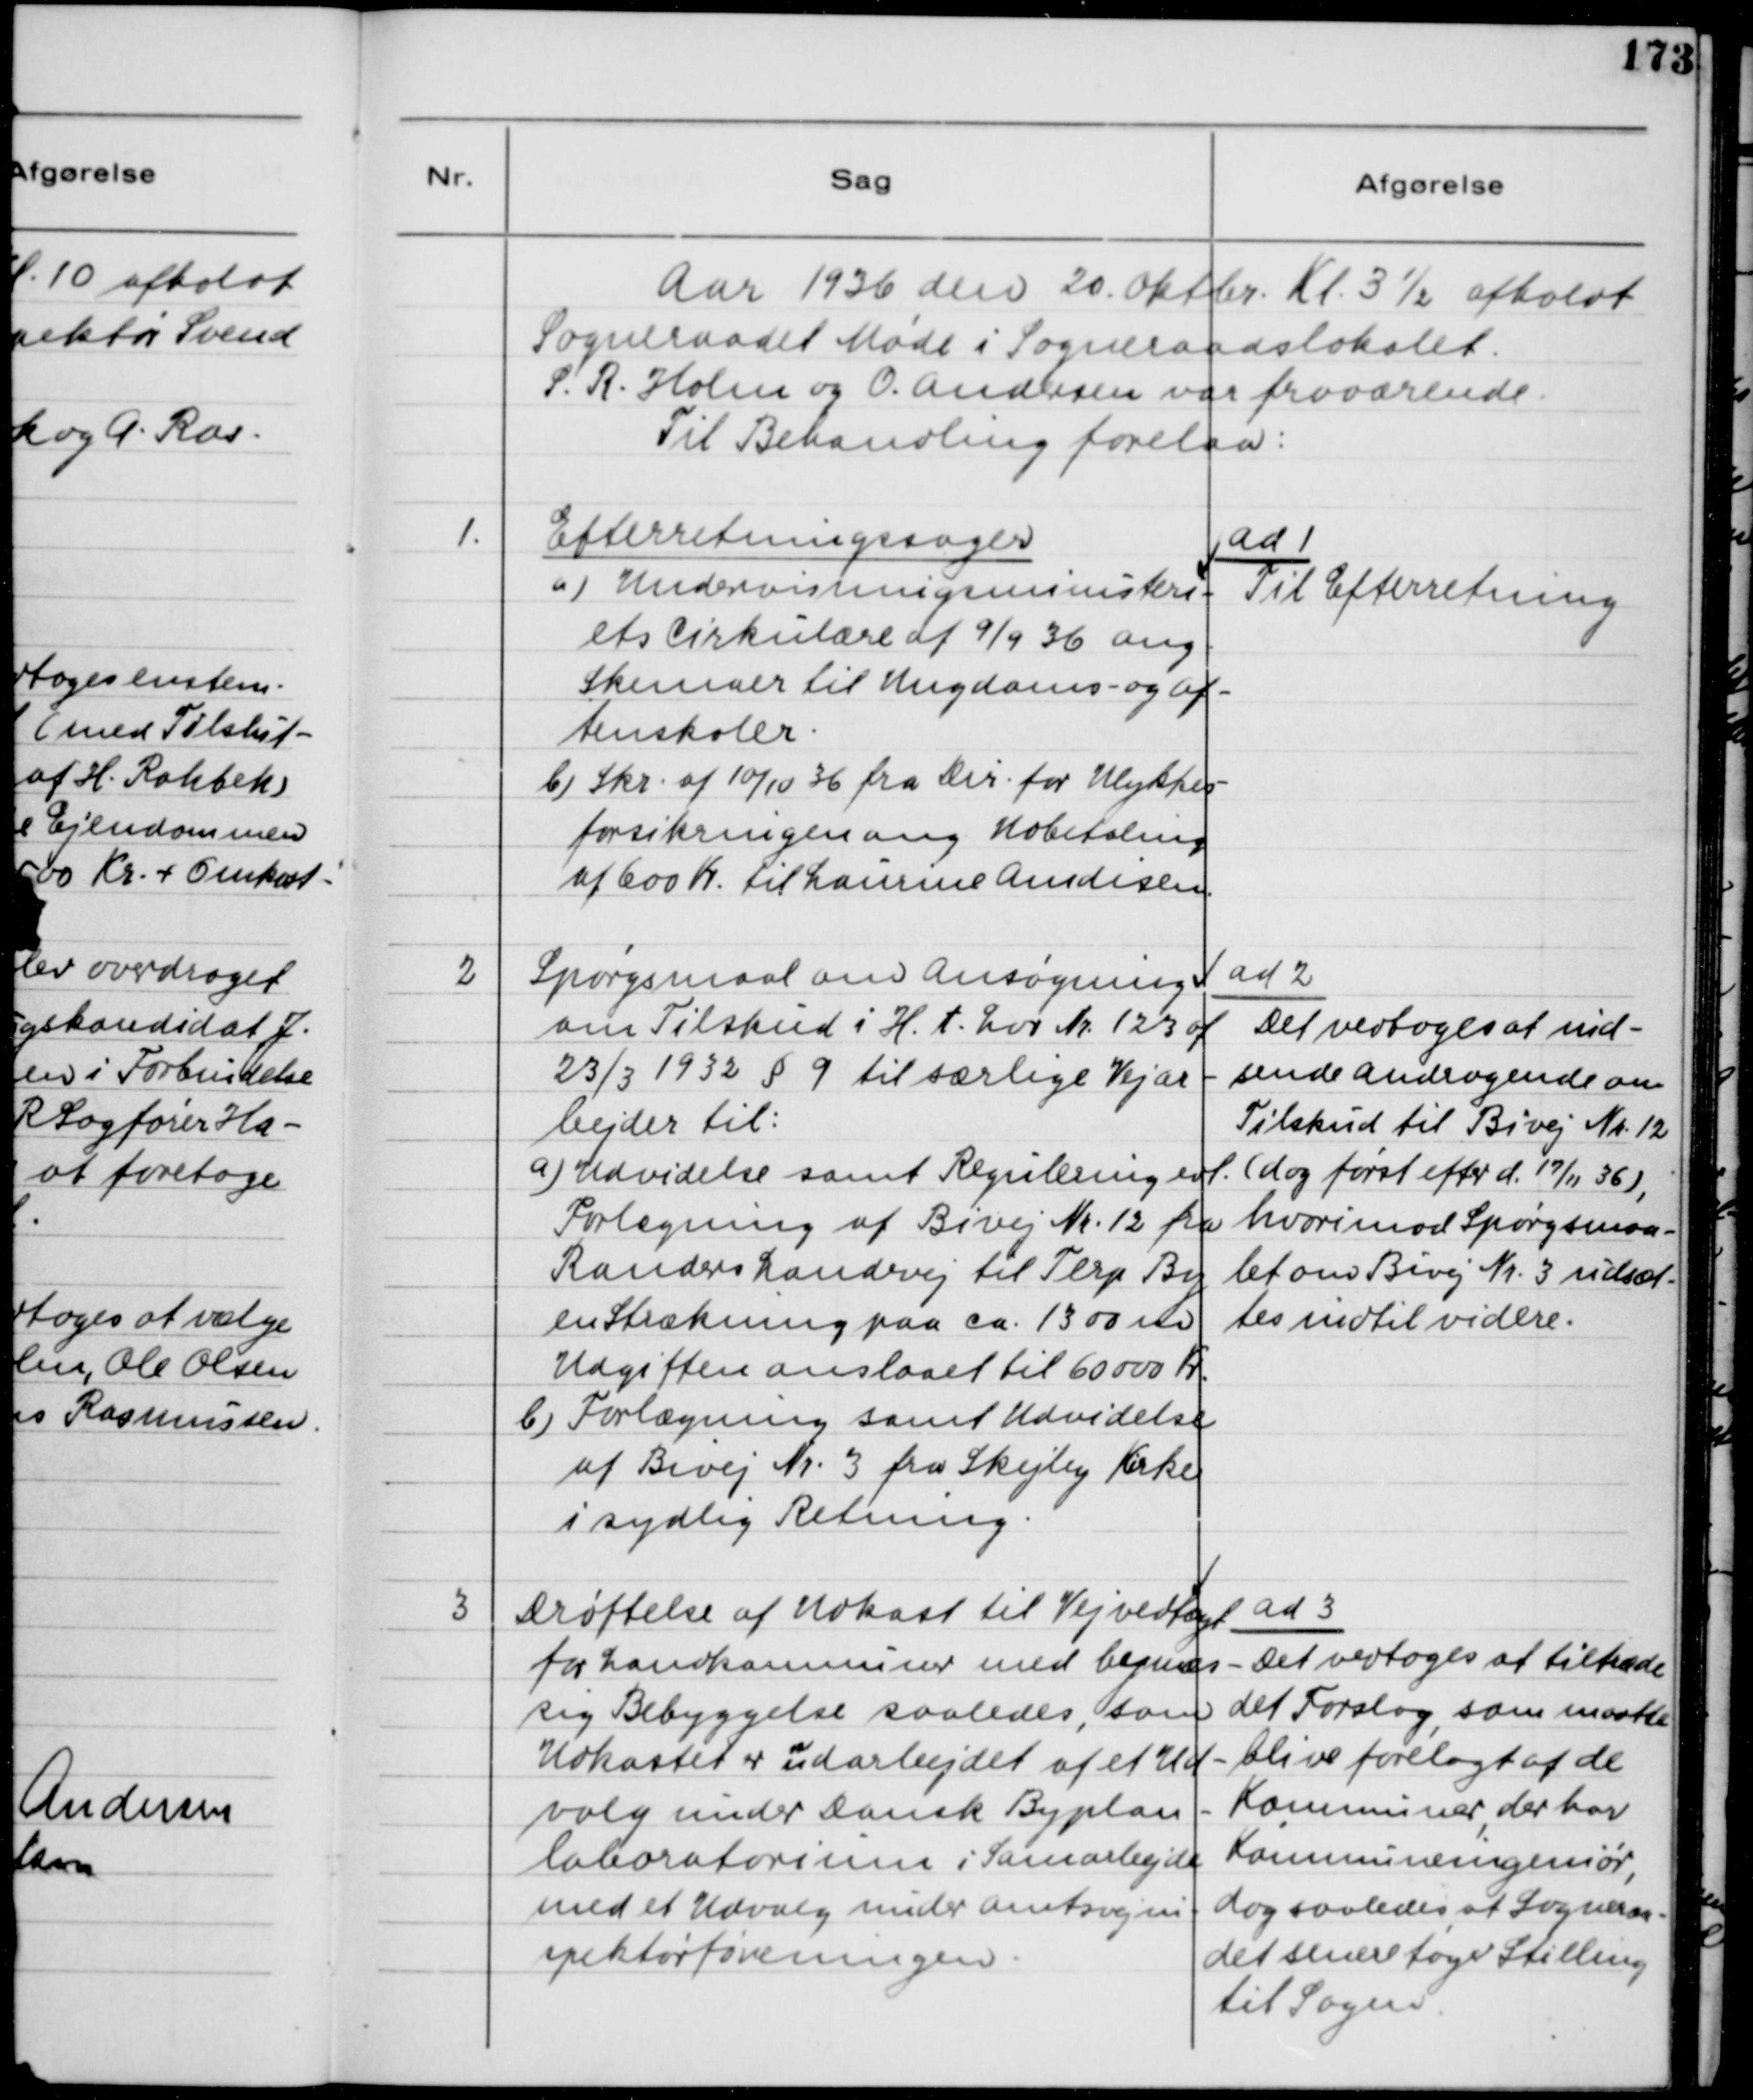
Transskription:
Aar 1936 den 20 Oktbr. Kl. 3½ afholdt
Sogneraadet Møde i Sogneraadslokalet.
S.R. Holm og O. Andersen var fraværende.
Til Behandling forelaa:
1.
Efterretningssager
a) Undervisningsministeri-
ets Cirkulære af 9/9 36 ang.
Skemaer til Ungdoms- og Af-
tenskoler.
b) Skr. af 10/10 36 fra Dir. for Ulykkes-
forsikringen ang. Udbetaling
af 600 Kr. til Laurine Amdisen.
ad 1
Til Efterretning
2
Spørgsmaal om Ansøgning
om Tilskud i H.t. Lov Nr. 123 af 
23/3 1932 § 9 til særlige Vejar
bejder til:
a) Udvidelse samt Regulering evt.
Forlægning af Bivej Nr. 12 fra
Randers Landevej til Terp By
en Strækning paa ca. 1300 m
Udgiften anslaaet til 60000 Kr.
b) Forlægning samt Udvidelse
af Bivej Nr. 3 fra Skejby Kirke
i sydlig Retning.
ad 2
Det vedtoges at ind-
sende Andragende om
Tilskud til Bivej Nr. 12
(dog først efter d. 17/11 36),
hvorimod Spørgsmaa-
let om Bivej Nr. 3 udsæt-
tes indtil videre.
3
Drøftelse af Udkast til Vejvedtægt
for Landkommuner med bymæs-
sig Bebyggelse saaledes, som
Udkastet er udarbejdet af et Ud-
valg under Dansk Byplan-
laboratorium i Samarbejde
med et Udvalg under amtsvejin-
spektørforeningen.
ad 3
Det vedtoges at tiltræde
det Forslag som maatte
blive forelagt af de
Kommuner der har
Kommuneingeniør,
dog saaledes at Sogneraa-
det senere tager Stilling
til Sagen.